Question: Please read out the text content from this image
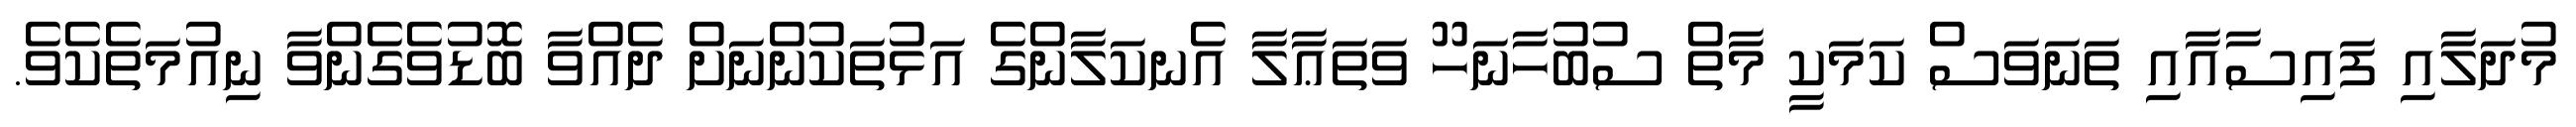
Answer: މުދަލާއި ފައިސާއާއި ތަނަވަސް ކަމަކީ މާތް ސުބުހާނަހޫ ވަތަޢާލާ އެނކަލާންގެ އަޅުތަކުންނަށް ދެއްވާ ބޮޑުވެގެންވާ ނިއުމަތެކެވެ.